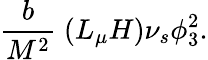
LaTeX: \frac b{M^{2}}\; (L_{\mu}H)\nu_{s}\phi_{3}^{2}.